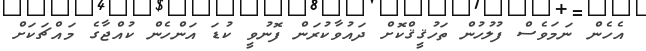
އެހެން ނަމަވެސް ފުލުހުން ތަހުޤީޤްކޮށް ދައުވާކުރަން ފޮނުވީ ކުޑަ އަންހެން ކުއްޖާގެ މައްޗަކަށް